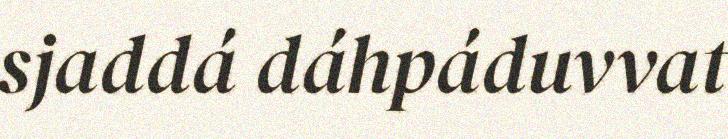
sjaddá dáhpáduvvat